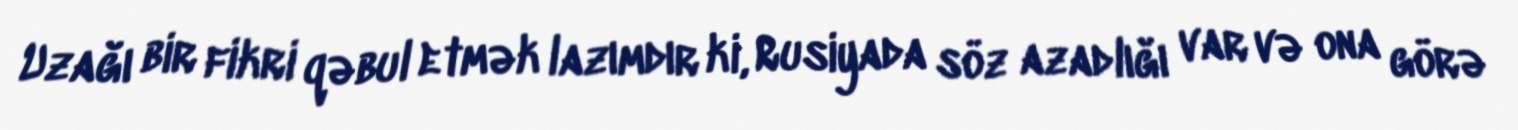
Uzağı bir fikri qəbul etmək lazımdır ki, Rusiyada söz azadlığı var və ona görə